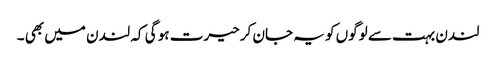
لندن بہت سے لوگوں کو یہ جان کر حیرت ہو گی کہ لندن میں بھی ۔